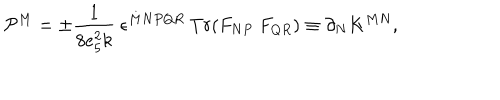
{ \cal P } ^ { M } = \pm \frac { 1 } { 8 e _ { 5 } ^ { 2 } k } \ \epsilon ^ { M N P Q R } \ T r ( F _ { N P } \ F _ { Q R } ) \equiv \partial _ { N } K ^ { M N } ,